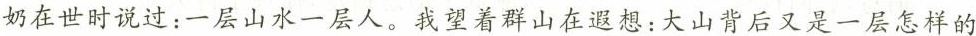
奶在世时说过：一层山水一层人。我望着群山在遐想：大山背后又是一层怎样的